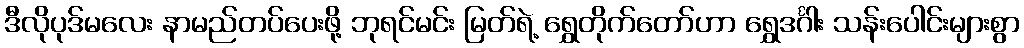
ဒီလိုပုဒ်မလေး နာမည်တပ်ပေးဖို့ ဘုရင်မင်း မြတ်ရဲ့ ရွှေတိုက်တော်ဟာ ရွှေဒင်္ဂါး သန်းပေါင်းများစွာ